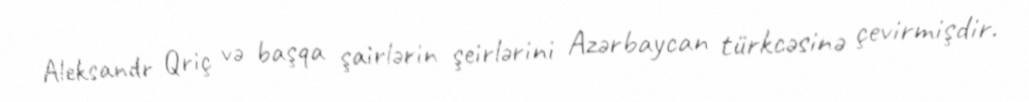
Aleksandr Qriç və başqa şairlərin şeirlərini Azərbaycan türkcəsinə çevirmişdir.